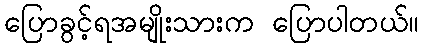
ပြောခွင့်ရအမျိုးသားက ပြောပါတယ်။